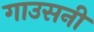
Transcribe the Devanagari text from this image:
गाउसनी